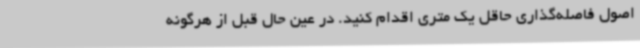
اصول فاصله‌گذاری حاقل یک متری اقدام کنید. در عین حال قبل از هرگونه